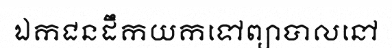
ឯកជនដឹកយកទៅព្យាបាលនៅ